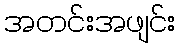
အတင်းအဖျင်း